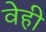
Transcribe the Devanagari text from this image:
वेही